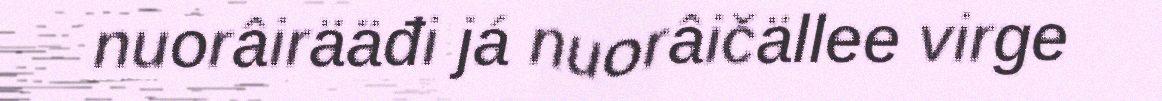
nuorâirääđi já nuorâičällee virge